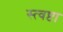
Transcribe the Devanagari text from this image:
स्त्वष्टा